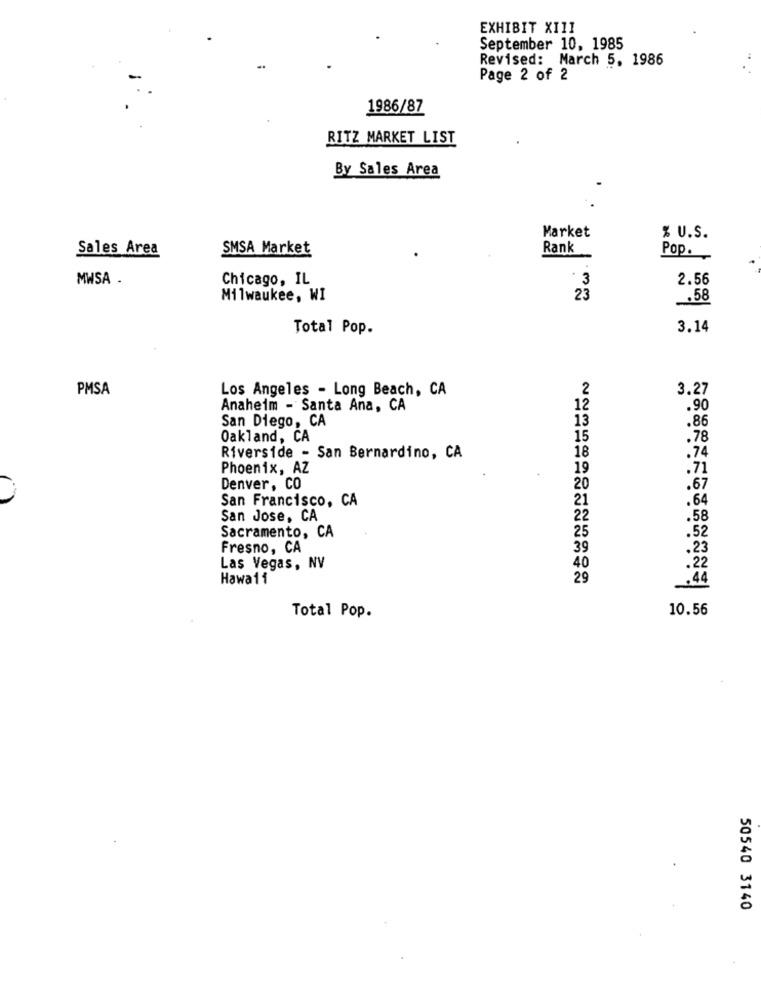
EXHIBIT XIII
September 10, 1985
Revised: March 5, 1986
Page 2 of 2
1986/87
RITZ MARKET LIST
By Sales Area
Market
% U.S.
Sales Area
SMSA Market
Rank
Pop.
MWSA .
Chicago, IL
3
2.56
Milwaukee, WI
23
.58
Total Pop.
3.14
PMSA
Los Angeles - Long Beach, CA
2
3.27
Anaheim - Santa Ana, CA
12
.90
San Diego, CA
13
.86
Oakland, CA
15
.78
Riverside - San Bernardino, CA
18
.74
Phoenix, AZ
19
.71
Denver, CO
20
.67
San Francisco, CA
21
.64
San Jose, CA
22
.58
25
Sacramento, CA
.52
Fresno, CA
39
.23
Las Vegas, NV
40
.22
Hawa11
29
.44
10.56
Total Pop.
50540 3140